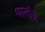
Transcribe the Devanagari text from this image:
थालीज